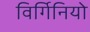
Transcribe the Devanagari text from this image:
विर्गिनियो